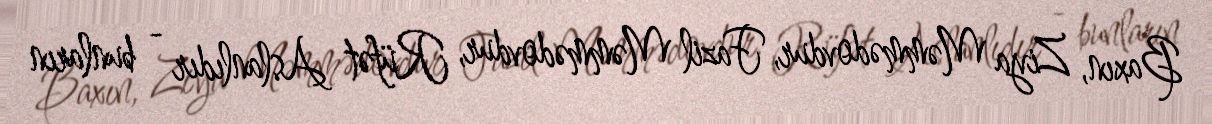
Baxın, Ziya Məmmədovdur, Fazil Məmmədovdur, Rüfət Aslanlıdır - bunların